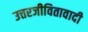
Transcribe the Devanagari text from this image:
उत्तरजीवितावादी